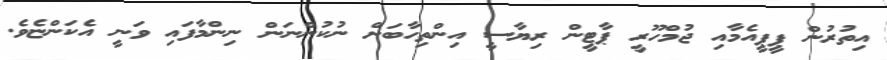
އިތުރުން ޕީޕީއެމާއި ޖުމްހޫރީ ޕާޓީން ރިޔާސީ އިންތިހާބަށް ނުކުންނަން ނިންމާފައި ވަނީ އެކަންޏެވެ.